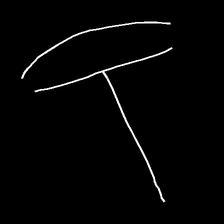
Glyph: dispersion